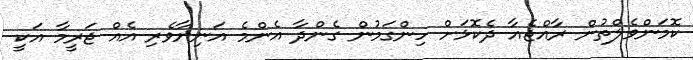
ކޮމަންވެލްތުން ރާއްޖެއާ ދެކޮޅަށް ހިންގަމުން ގެންދާ އެންމެ އަނިޔާވެރި އެއް ޖަރީމާ އަކީ